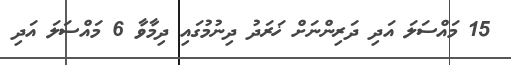
15 މައްސަލަ އަދި ދަރިންނަށް ޚަރަދު ދިނުމުގައި ދިމާވާ 6 މައްސަލަ އަދި